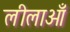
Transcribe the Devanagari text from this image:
लीलाओँ